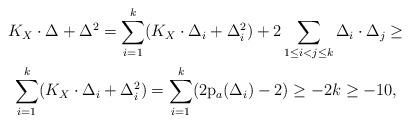
LaTeX: \begin{gather*}K_X\cdot \Delta +\Delta^2=\sum_{i=1}^k(K_X\cdot \Delta_i+\Delta_i^2)+2\sum_{1\leq i<j\leq k}\Delta_i \cdot \Delta_j \geq \\\sum_{i=1}^k(K_X\cdot \Delta_i+\Delta_i^2)=\sum_{i=1}^k(2\mathrm{p}_a(\Delta_i)-2) \geq -2k \geq -10,\end{gather*}